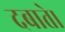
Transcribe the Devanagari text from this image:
दबाते।